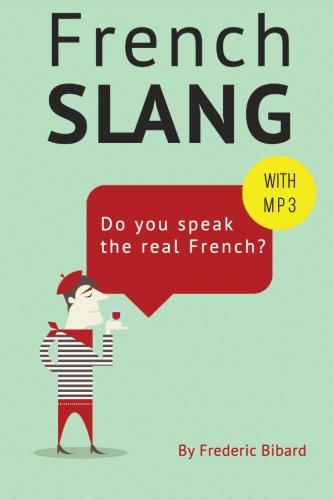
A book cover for French Slang: Do you speak the real French?: The essentials of French Slang (French Edition); Mr Frederic Bibard; Reference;